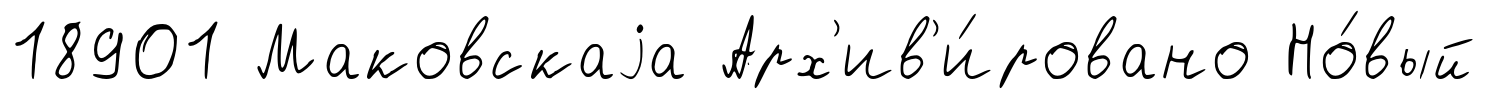
18901 Маковскаjа Арх'ив'и́ровано Но́вый